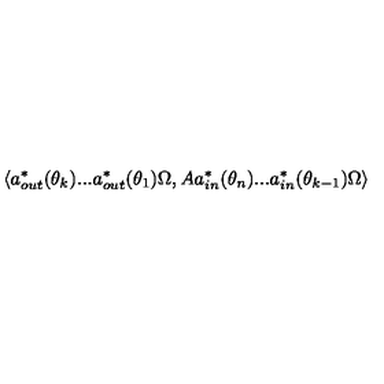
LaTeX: \left\langle a _ { o u t } ^ { \ast } ( \theta _ { k } ) . . . a _ { o u t } ^ { \ast } ( \theta _ { 1 } ) \Omega , A a _ { i n } ^ { \ast } ( \theta _ { n } ) . . . a _ { i n } ^ { \ast } ( \theta _ { k - 1 } ) \Omega \right\rangle